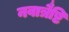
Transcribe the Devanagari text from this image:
नवात्रैष्टि